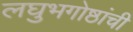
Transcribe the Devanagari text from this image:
लघुभगोष्ठांची